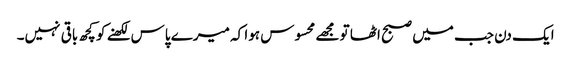
ایک دن جب میں صبح اٹھا تو مجھے محسوس ہوا کہ میرے پاس لکھنے کو کچھ باقی نہیں۔